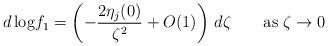
LaTeX: \begin{align*}d\,{\rm log}f_{1}=\left( -\frac{2 \eta_{j}(0)}{\zeta^{2}}+O(1)\right)\,d\zeta\;\;\;\;\;\;\;{\rm as}\;\zeta\rightarrow 0\end{align*}